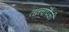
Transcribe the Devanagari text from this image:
तत्त्वांपैकी